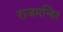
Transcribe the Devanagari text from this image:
राजमन्दिर